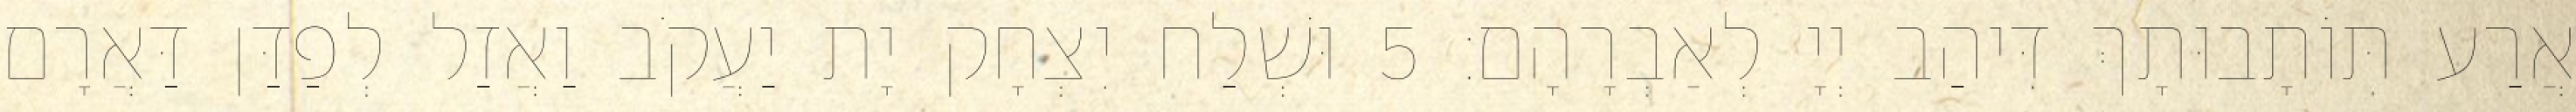
אֲרַע תּוֹתָבוּתָךְ דִּיהַב יְיָ לְאַבְרָהָם׃ 5 וּשְׁלַח יִצְחָק יָת יַעֲקֹב וַאֲזַל לְפַדַּן דַּאֲרָם